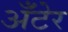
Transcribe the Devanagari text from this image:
अँटेर